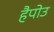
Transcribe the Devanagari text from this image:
हैपोउ